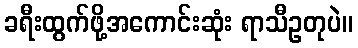
ခရီးထွက်ဖို့အကောင်းဆုံး ရာသီဥတုပဲ။